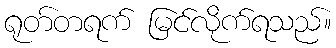
ရုတ်တရက် မြင်လိုက်ရသည်။